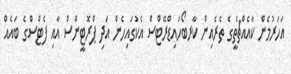
އަހަރުމެން ކާއެއްޗެތީގެ ތެރެއިން ކާރބޯހައިޑްރޭޓްސް އެކުގައިހެން އަދި ޕްރޮޓީންސް އާއި ފެޓްސްގެ ބައެއް